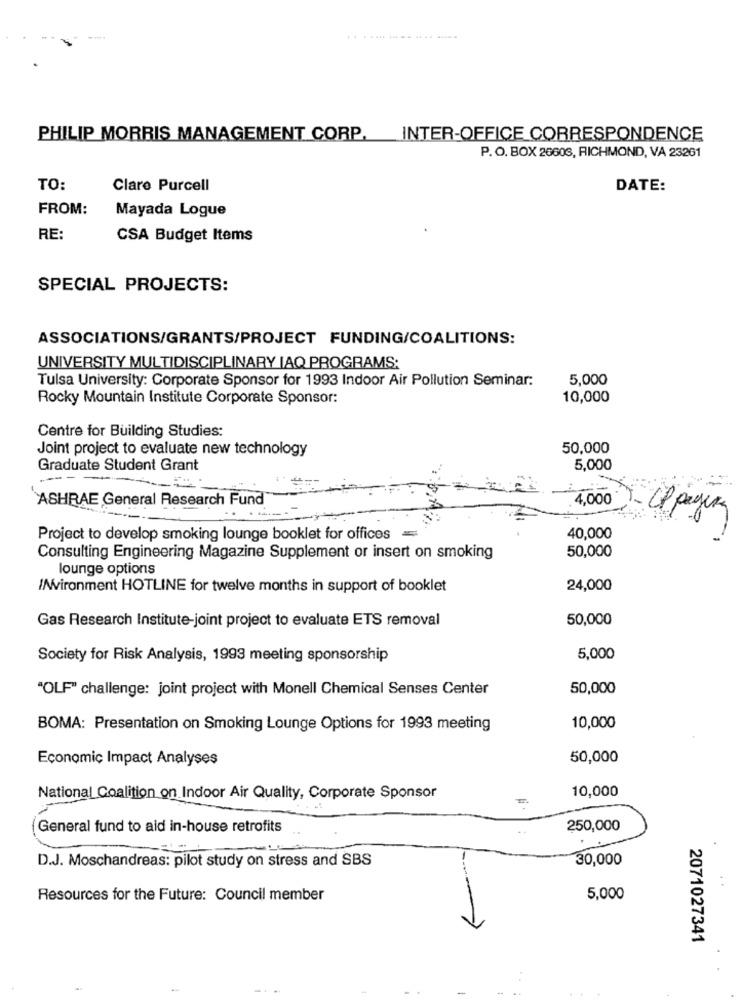
...-- --- --. --
PHILIP MORRIS MANAGEMENT CORP.
INTER-OFFICE CORRESPONDENCE
P. O. BOX 26603, RICHMOND, VA 23261
TO:
Clare Purcell
DATE:
FROM:
Mayada Logue
RE:
CSA Budget Items
SPECIAL PROJECTS:
ASSOCIATIONS/GRANTS/PROJECT FUNDING/COALITIONS:
UNIVERSITY MULTIDISCIPLINARY IAQ PROGRAMS:
Tulsa University: Corporate Sponsor for 1993 Indoor Air Pollution Seminar:
5,000
Rocky Mountain Institute Corporate Sponsor:
10,000
Centre for Building Studies:
Joint project to evaluate new technology
50,000
Graduate Student Grant
5,000
`ASHRAE General Research Fund"
4,000 CP paying
Project to develop smoking lounge booklet for offices
40,000
50,000
Consulting Engineering Magazine Supplement or insert on smoking
lounge options
//Vironment HOTLINE for twelve months in support of booklet
24,000
Gas Research Institute-joint project to evaluate ETS removal
50,000
Society for Risk Analysis, 1993 meeting sponsorship
5,000
"OLF" challenge: joint project with Monell Chemical Senses Center
50,000
BOMA: Presentation on Smoking Lounge Options for 1993 meeting
10,000
Economic Impact Analyses
50,000
10,000
National Coalition on Indoor Air Quality, Corporate Sponsor
[General fund to aid in-house retrofits
250,000
D.J. Moschandreas: pilot study on stress and SBS
30,000
Resources for the Future: Council member
5,000
2071027341